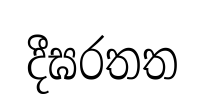
දීඝරතත